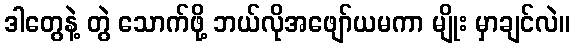
ဒါတွေနဲ့ တွဲ သောက်ဖို့ ဘယ်လိုအဖျော်ယမကာ မျိုး မှာချင်လဲ။